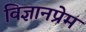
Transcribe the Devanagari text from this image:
विज्ञानप्रेम